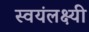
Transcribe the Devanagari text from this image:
स्वयंलक्ष्यी